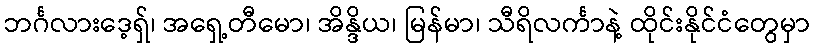
ဘင်္ဂလားဒေ့ရှ်၊ အရှေ့တီမော၊ အိန္ဒိယ၊ မြန်မာ၊ သီရိလင်္ကာနဲ့ ထိုင်းနိုင်ငံတွေမှာ